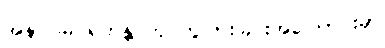
အနာဂါမ် ရဟန္တာဟု ကွဲပြားခြင်းအကြောင်းမှာ